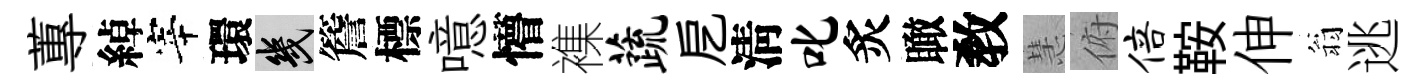
蓴綽宰環幾簷標噫懵襍蔬戹淸叱炙瞰敎慧俯倍鞍伸翁逃